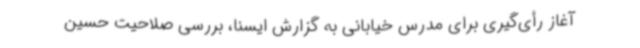
آغاز رأی‌گیری برای مدرس خیابانی به گزارش ایسنا، بررسی صلاحیت حسین